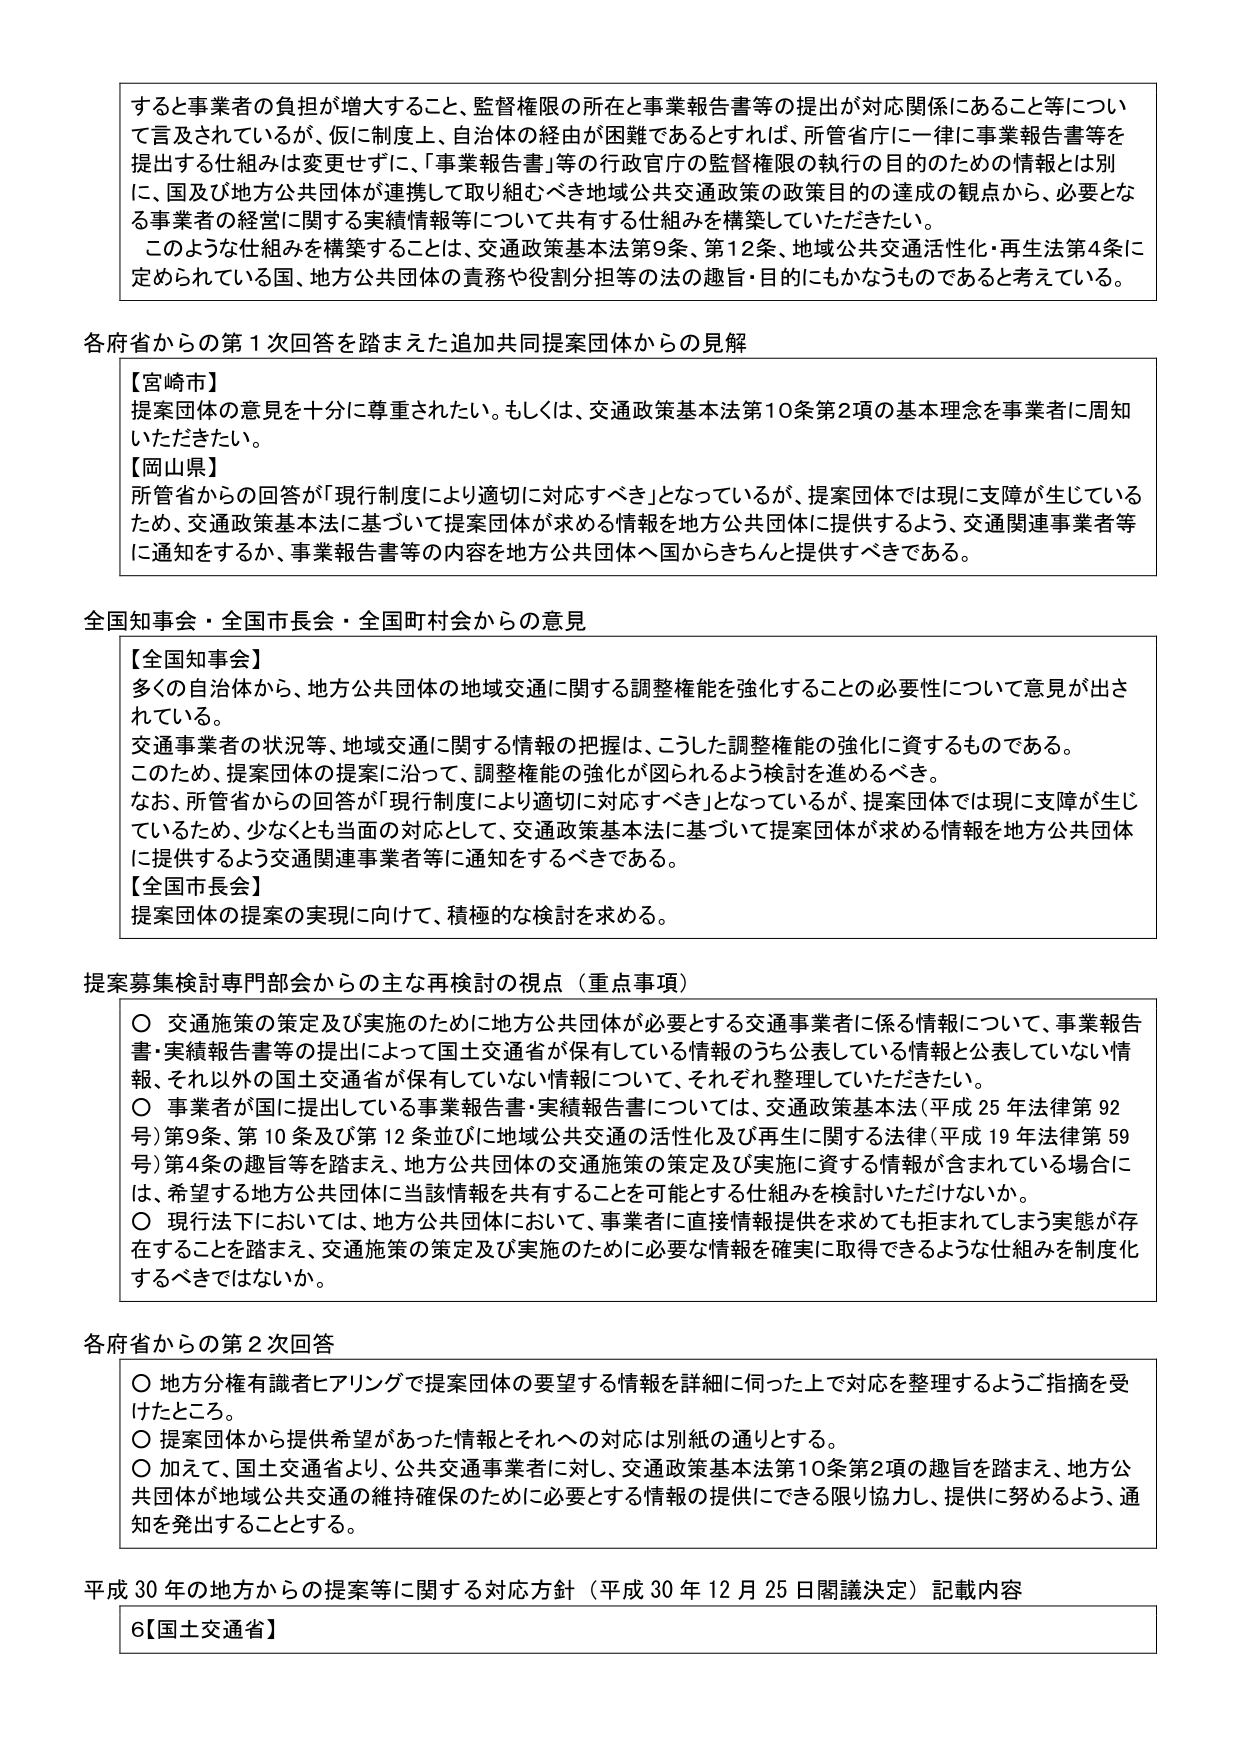
すると事業者の負担が増大すること、監督権限の所在と事業報告書等の提出が対応関係にあること等について言及されているが、仮に制度上、自治体の経由が困難であるとすれば、所管省庁に一律に事業報告書等を提出する仕組みは変更せずに、「事業報告書」等の行政官庁の監督権限の執行の目的のための情報とは別に、国及び地方公共団体が連携して取り組むべき地域公共交通政策の政策目的の達成の観点から、必要となる事業者の経営に関する実績情報等について共有する仕組みを構築していただきたい。

このような仕組みを構築することは、交通政策基本法第9条、第12条、地域公共交通活性化・再生法第4条に定められている国、地方公共団体の責務や役割分担等の法の趣旨・目的にもかなうものであると考えている。

各府省からの第1次回答を踏まえた追加共同提案団体からの見解

【宮崎市】
提案団体の意見を十分に尊重されたい。もしくは、交通政策基本法第10条第2項の基本理念を事業者に周知いただきたい。

【岡山県】
所管省からの回答が「現行制度により適切に対応すべき」となっているが、提案団体では現に支障が生じているため、交通政策基本法に基づいて提案団体が求める情報を地方公共団体に提供するよう、交通関連事業者等に通知をするか、事業報告書等の内容を地方公共団体へ国からきちんと提供すべきである。

全国知事会・全国市長会・全国町村会からの意見

【全国知事会】
多くの自治体から、地方公共団体の地域交通に関する調整機能を強化することの必要性について意見が出されている。

交通事業者の状況等、地域交通に関する情報の把握は、こうした調整機能の強化に資するものである。

このため、提案団体の提案に沿って、調整機能の強化が図られるよう検討を進めるべき。

なお、所管省からの回答が「現行制度により適切に対応すべき」となっているが、提案団体では現に支障が生じているため、少なくとも当面の対応として、交通政策基本法に基づいて提案団体が求める情報を地方公共団体に提供するよう交通関連事業者等に通知をするべきである。

【全国市長会】
提案団体の提案の実現に向けて、積極的な検討を求める。

提案募集検討専門部会からの主な再検討の視点（重点事項）

○ 交通施策の策定及び実施のために地方公共団体が必要とする交通事業者に係る情報について、事業報告書・実績報告書等の提出によって国土交通省が保有している情報のうち公表している情報と公表していない情報、それ以外の国土交通省が保有していない情報について、それぞれ整理していただきたい。

○ 事業者が国に提出している事業報告書・実績報告書については、交通政策基本法（平成25年法律第92号）第9条、第10条及び第12条並びに地域公共交通の活性化及び再生に関する法律（平成19年法律第59号）第4条の趣旨等を踏まえ、地方公共団体の交通施策の策定及び実施に資する情報が含まれている場合には、希望する地方公共団体に当該情報を共有することを可能とする仕組みを検討いただけないか。

○ 現行法下においては、地方公共団体において、事業者に直接情報提供を求めても拒まれてしまう実態が存在することを踏まえ、交通施策の策定及び実施のために必要な情報を確実に取得できるような仕組みを制度化するべきではないか。

各府省からの第2次回答

○ 地方分権有識者ヒアリングで提案団体の要望する情報を詳細に伺った上で対応を整理するようご指摘を受けたところ。

○ 提案団体から提供希望があった情報とそれへの対応は別紙の通りとする。

○ 加えて、国土交通省より、公共交通事業者に対し、交通政策基本法第10条第2項の趣旨を踏まえ、地方公共団体が地域公共交通の維持確保のために必要とする情報の提供にできる限り協力し、提供に努めるよう、通知を発出することとする。

平成30年の地方からの提案等に関する対応方針（平成30年12月25日閣議決定）記載内容

6【国土交通省】